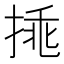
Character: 𢯀